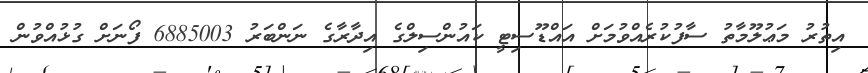
އިތުރު މަޢުލޫމާތު ސާފުކުރެއްވުމަށް އައްޑޫސިޓީ ކައުންސިލްގެ އިދާރާގެ ނަންބަރު 6885003 ފޯނަށް ގުޅުއްވުން